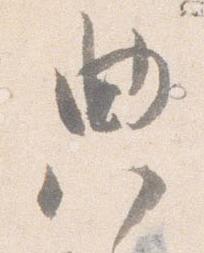
典